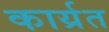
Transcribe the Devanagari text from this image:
कार्य्रत